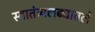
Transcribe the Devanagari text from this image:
स्वातंत्र्यलढ्यातले